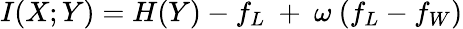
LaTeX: \begin{array}{r}{I(X;Y)=H(Y)-f_{L}~+~\omega~(f_{L}-f_{W})}\end{array}